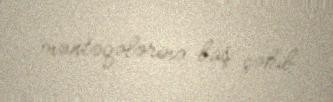
məntəqələrinə baş çəkib.